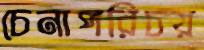
চেনাপরিচয়